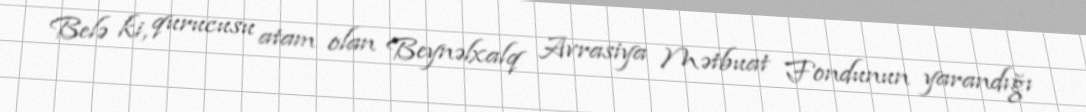
Belə ki, qurucusu atam olan Beynəlxalq Avrasiya Mətbuat Fondunun yarandığı